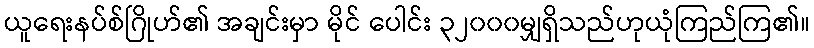
ယူရေးနပ်စ်ဂြိုဟ်၏ အချင်းမှာ မိုင် ပေါင်း ၃၂၀၀၀မျှရှိသည်ဟုယုံကြည်ကြ၏။